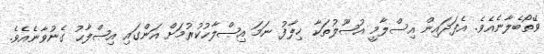
ވޭތޯބެލާނެއެވެ. އެފަދައިން އިސްލާމީ އުޞޫލުތަކާ ޚިލާފު ނަމަ އިޞްލާޙުކުރުމަށް އަންގައި އިޞްލާޙު ގެނުވާނެއެވެ.